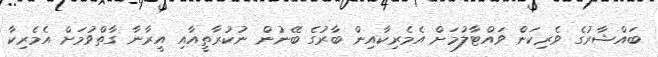
ބައްޝާރުގެ ވެރިކަން ވައްޓާލުމަށް އެމެރިކާއިން ބާރުގެ ބޭނުން ނުކުރާތީއާއި އީރާނާ ގާތްވުމަށް އެމެރިކާ